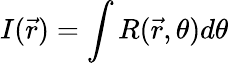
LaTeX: I(\vec{r})=\int R(\vec{r},\theta)d\theta